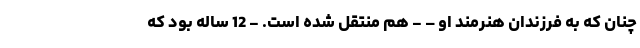
چنان که به فرزندان هنرمند او – - هم منتقل شده است. - 12 ساله بود که